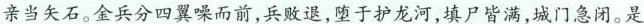
亲当矢石。金兵分四翼噪而前，兵败退，堕于护龙河，填尸皆满，城门急闭。是